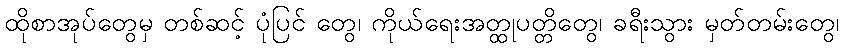
ထိုစာအုပ်တွေမှ တစ်ဆင့် ပုံပြင် တွေ၊ ကိုယ်ရေးအတ္ထုပတ္တိတွေ၊ ခရီးသွား မှတ်တမ်းတွေ၊